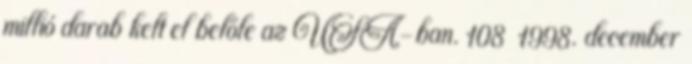
millió darab kelt el belőle az USA-ban. 108 1998. december